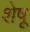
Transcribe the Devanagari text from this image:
शेषू